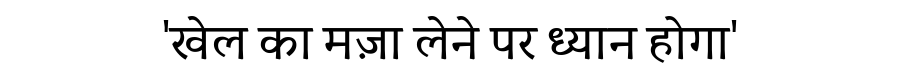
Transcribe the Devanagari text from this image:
'खेल का मज़ा लेने पर ध्यान होगा'